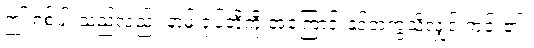
ဤ ရှစ်ပါးသည်လည်း နာမ် ရုပ်တို့ကို အကြောင်းနှင့်တကွသိလျှင် ကင်း၏။